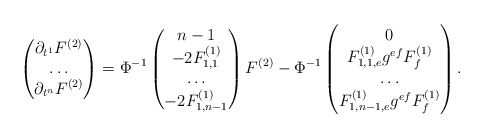
\begin{align*} \begin{pmatrix} \partial_{t^1}F^{(2)}\\ \dots \\ \partial_{t^n}F^{(2)} \end{pmatrix} = \Phi^{-1} \begin{pmatrix} n-1\\ -2F_{1,1}^{(1)} \\ \dots \\ -2F_{1,n-1}^{(1)} \end{pmatrix}F^{(2)} -\Phi^{-1}\begin{pmatrix} 0\\ F_{1,1,e}^{(1)}g^{ef}F_f^{(1)} \\ \dots\\ F_{1,n-1,e}^{(1)}g^{ef}F_f^{(1)} \end{pmatrix}.\end{align*}